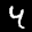
Label: 4